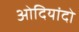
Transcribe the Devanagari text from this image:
ओदियांदो